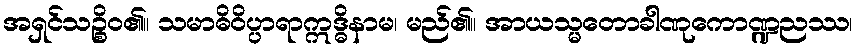
အရှင်သဉ္စိဝ၏။ သမာဓိဝိပ္ပာရာဣဒ္ဓိနာမ၊ မည်၏။ အာယသ္မတောခါဏုကောဏ္ဍညဿ၊